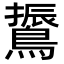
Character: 䳲